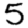
Digit: 5